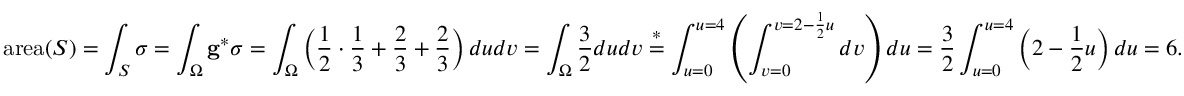
\mathrm { a r e a } ( S ) = \int _ { S } \sigma = \int _ { \Omega } \mathbf { g } ^ { * } \sigma = \int _ { \Omega } \left( \frac { 1 } { 2 } \cdot \frac { 1 } { 3 } + \frac { 2 } { 3 } + \frac { 2 } { 3 } \right) d u d v = \int _ { \Omega } \frac { 3 } { 2 } d u d v \overset { * } { = } \int _ { u = 0 } ^ { u = 4 } \left( \int _ { v = 0 } ^ { v = 2 - \frac { 1 } { 2 } u } d v \right) d u = \frac { 3 } { 2 } \int _ { u = 0 } ^ { u = 4 } \left( 2 - \frac { 1 } { 2 } u \right) d u = 6 .